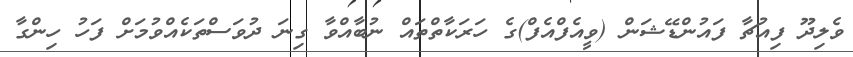
ވެލިދޫ ފިއުޗާ ފައުންޑޭޝަން (ވީއެފްއެފް)ގެ ހަރަކާތްތައް ނުބާއްވާ ގިނަ ދުވަސްތަކެއްވުމަށް ފަހު ހިންގާ